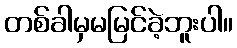
တစ်ခါမှမမြင်ခဲ့ဘူးပါ။